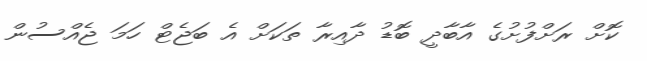
ކޮށް ރަށްފުށުގެ އާބާދީ ބޮޑު ދާއިރާ ތަކަށް އެ ބަޖެޓް ހަމަ ޖެއްސުން